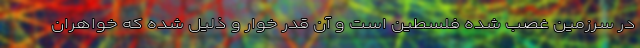
در سرزمین غصب شده فلسطین است و آن قدر خوار و ذلیل شده که خواهران